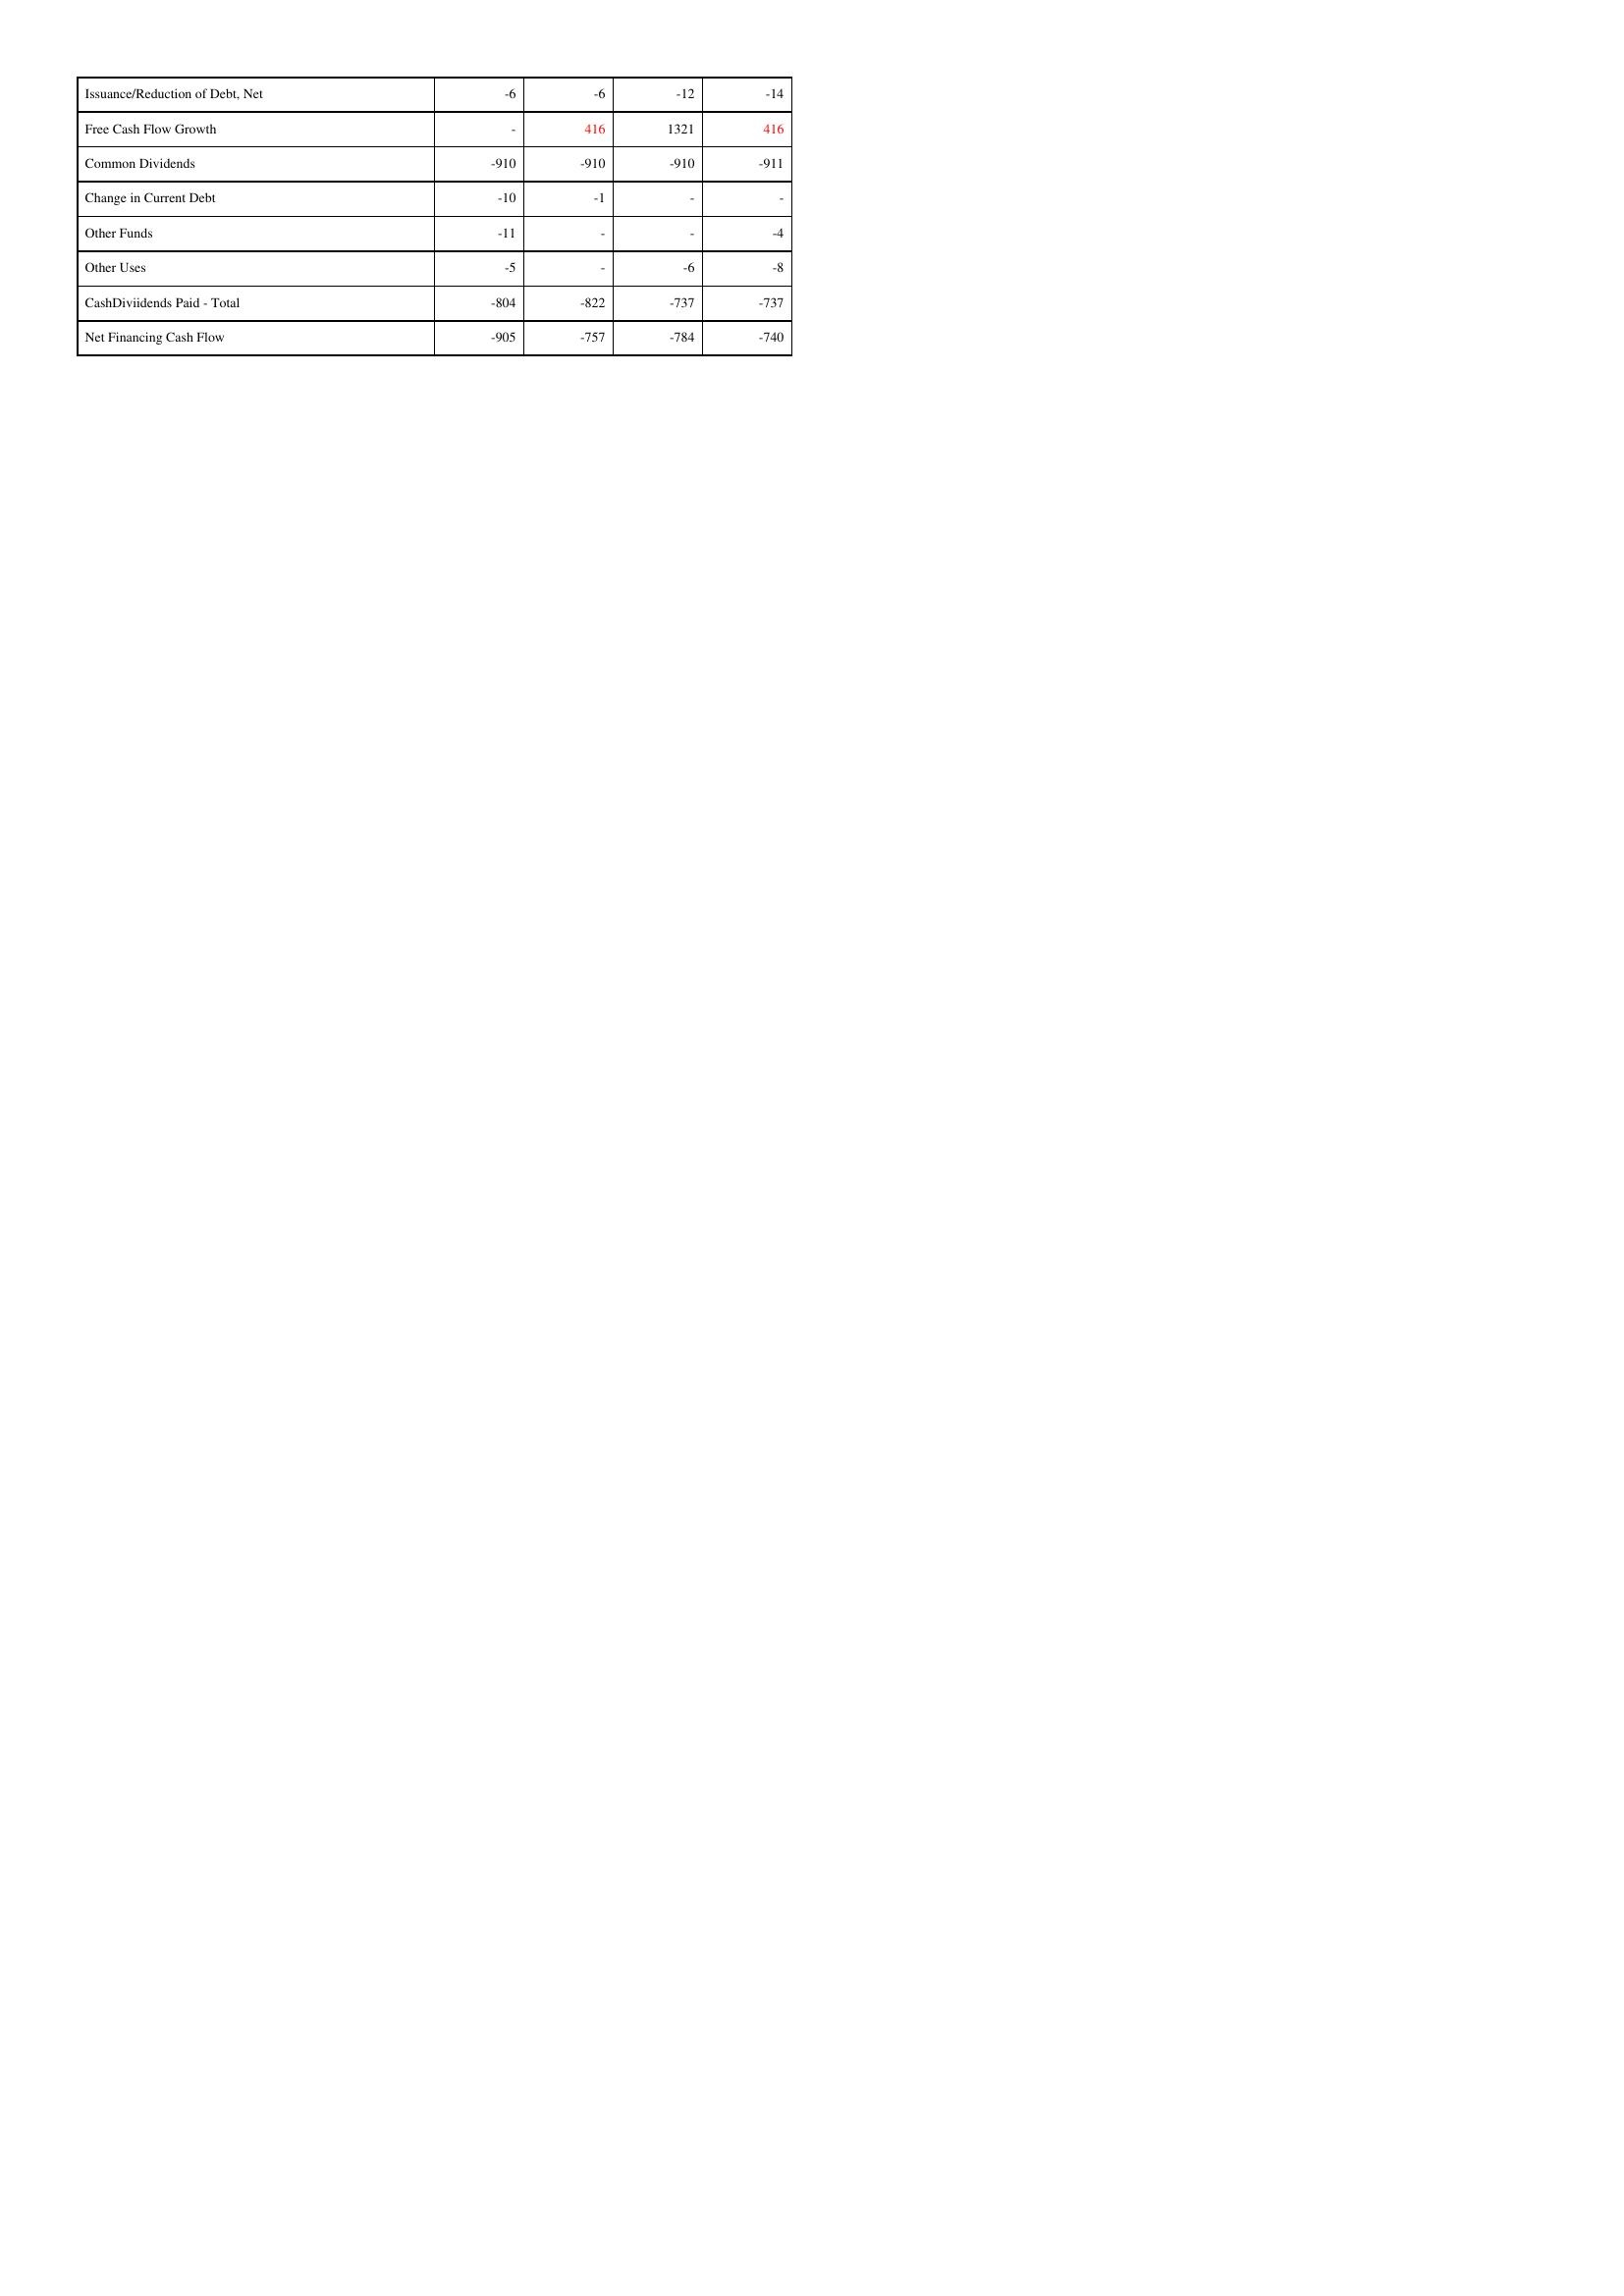
gt_parse: 2016: Financing Activities: Issuance/Reduction of Debt, Net: -6
Free Cash Flow Growth: -
Common Dividends: -910
Change in Current Debt: -10
Other Funds: -11
Other Uses: -5
CashDiviidends Paid - Total: -804
Net Financing Cash Flow: -905
2015: Financing Activities: Issuance/Reduction of Debt, Net: -6
Free Cash Flow Growth: 416
Common Dividends: -910
Change in Current Debt: -1
Other Funds: -
Other Uses: -
CashDiviidends Paid - Total: -822
Net Financing Cash Flow: -757
2014: Financing Activities: Issuance/Reduction of Debt, Net: -12
Free Cash Flow Growth: 1321
Common Dividends: -910
Change in Current Debt: -
Other Funds: -
Other Uses: -6
CashDiviidends Paid - Total: -737
Net Financing Cash Flow: -784
2013: Financing Activities: Issuance/Reduction of Debt, Net: -14
Free Cash Flow Growth: 416
Common Dividends: -911
Change in Current Debt: -
Other Funds: -4
Other Uses: -8
CashDiviidends Paid - Total: -737
Net Financing Cash Flow: -740